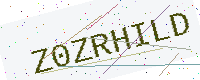
Text: Z0ZRHILD